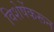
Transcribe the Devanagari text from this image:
विशेषेंकरून